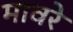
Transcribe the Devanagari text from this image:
मावरे